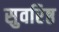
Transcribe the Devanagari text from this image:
सुवरिष्ठ